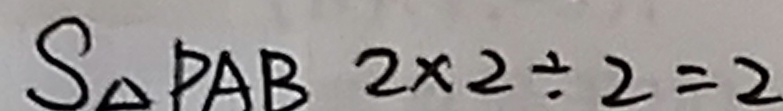
S _ { \Delta } P A B 2 \times 2 \div 2 = 2